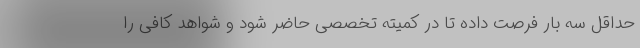
حداقل سه بار فرصت داده تا در کمیته تخصصی حاضر شود و شواهد کافی را